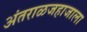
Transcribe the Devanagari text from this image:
अंतराळजहाजाला